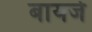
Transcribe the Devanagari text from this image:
बायर्ज